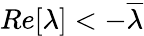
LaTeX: Re[\lambda]<-{\overline{{\lambda}}}